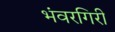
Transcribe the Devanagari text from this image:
भंवरगिरी